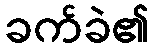
ခက်ခဲ၏